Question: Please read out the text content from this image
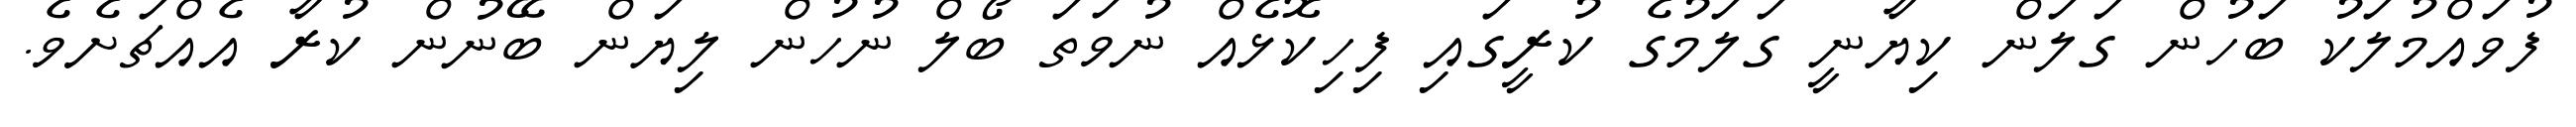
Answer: ފުވައްމުލަކު ބަހުން ގަލަން ކިޔާނީ ގަލަމުގެ ކުރީގައި ފިހިކޮޅެއް ނުވަތަ ބޯލް ނުހުން ލިޔަން ބޭނުން ކުރާ އެއްޗަށެވެ.